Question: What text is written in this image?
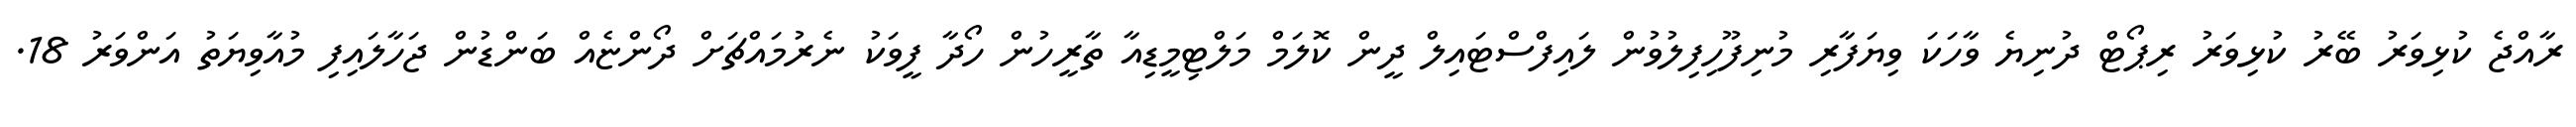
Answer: ރާއްޖެ ކުޅިވަރު ބޭރު ކުޅިވަރު ރިޕޯޓް ދުނިޔެ ވާހަކަ ވިޔަފާރި މުނިފޫހިފިލުވުން ލައިފްސްޓައިލް ދީން ކޮލަމް މަލްޓިމީޑިއާ ތާރީހުން ހޯދާ ފީވަކު ނެރުމައްޗަށް ދޯންޏެއް ބަންޑުން ޖަހާލައިފި މުއާވިޔަތު އަންވަރު 18.